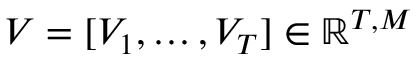
V = [ V _ { 1 } , \dots , V _ { T } ] \in \mathbb { R } ^ { T , M }